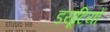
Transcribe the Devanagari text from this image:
डयूटियों